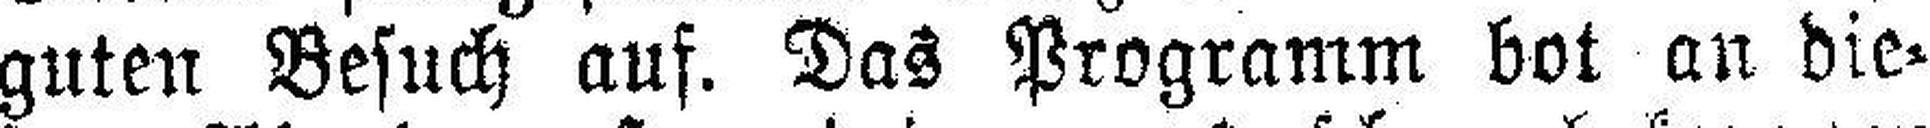
guten Besuch auf. Das Programm bot an die¬